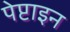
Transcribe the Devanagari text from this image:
पेप्टाइन